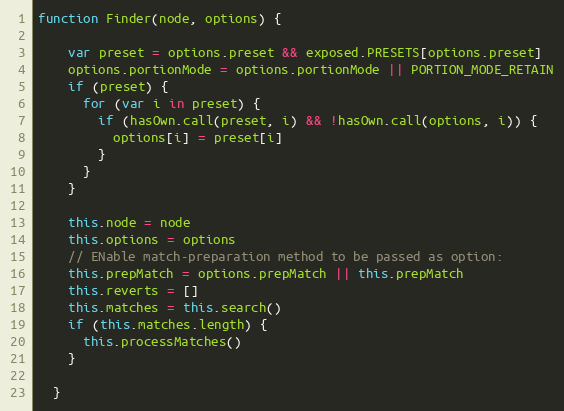
Language: JavaScript
function Finder(node, options) {

    var preset = options.preset && exposed.PRESETS[options.preset]
    options.portionMode = options.portionMode || PORTION_MODE_RETAIN
    if (preset) {
      for (var i in preset) {
        if (hasOwn.call(preset, i) && !hasOwn.call(options, i)) {
          options[i] = preset[i]
        }
      }
    }

    this.node = node
    this.options = options
    // ENable match-preparation method to be passed as option:
    this.prepMatch = options.prepMatch || this.prepMatch
    this.reverts = []
    this.matches = this.search()
    if (this.matches.length) {
      this.processMatches()
    }

  }